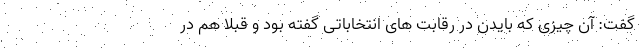
گفت: آن چیزی که بایدن در رقابت های انتخاباتی گفته بود و قبلا هم در